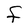
Character: F